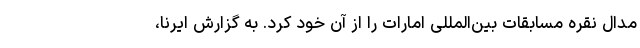
مدال نقره مسابقات بین‌المللی امارات را از آن خود کرد. به گزارش ایرنا،